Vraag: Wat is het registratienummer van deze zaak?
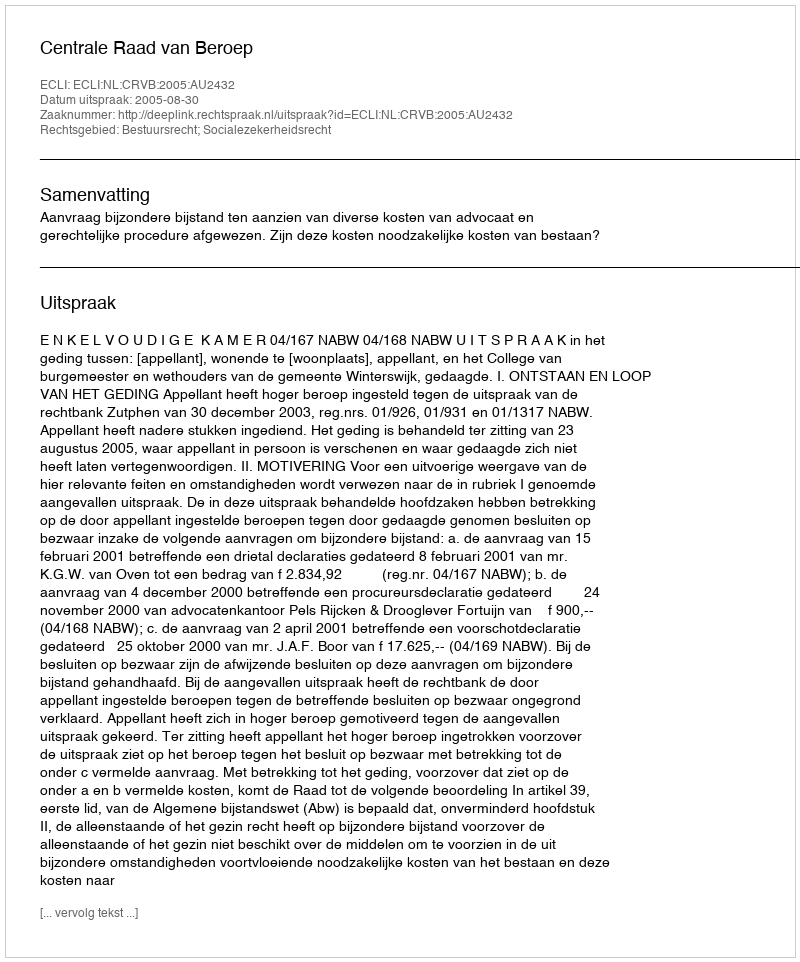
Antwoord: http://deeplink.rechtspraak.nl/uitspraak?id=ECLI:NL:CRVB:2005:AU2432